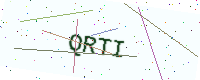
Text: QRTI